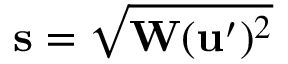
\mathbf { s } = \sqrt { \mathbf { W } ( \mathbf { u } ^ { \prime } ) ^ { 2 } }